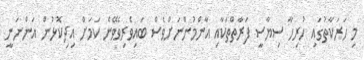
މި ހަރަކާތުގައި ހުރިހާ ސިޔާސީ ފަރާތްތަކާއި އާންމުންނަށްވެސް ބައިވެރިވެވޭނެ ކަމަށް އިދިކޮޅުން އަންނަނީ